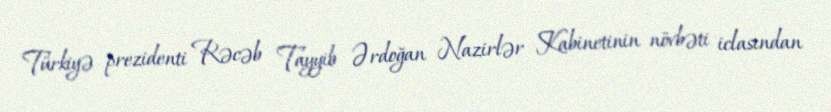
Türkiyə prezidenti Rəcəb Tayyib Ərdoğan Nazirlər Kabinetinin növbəti iclasından